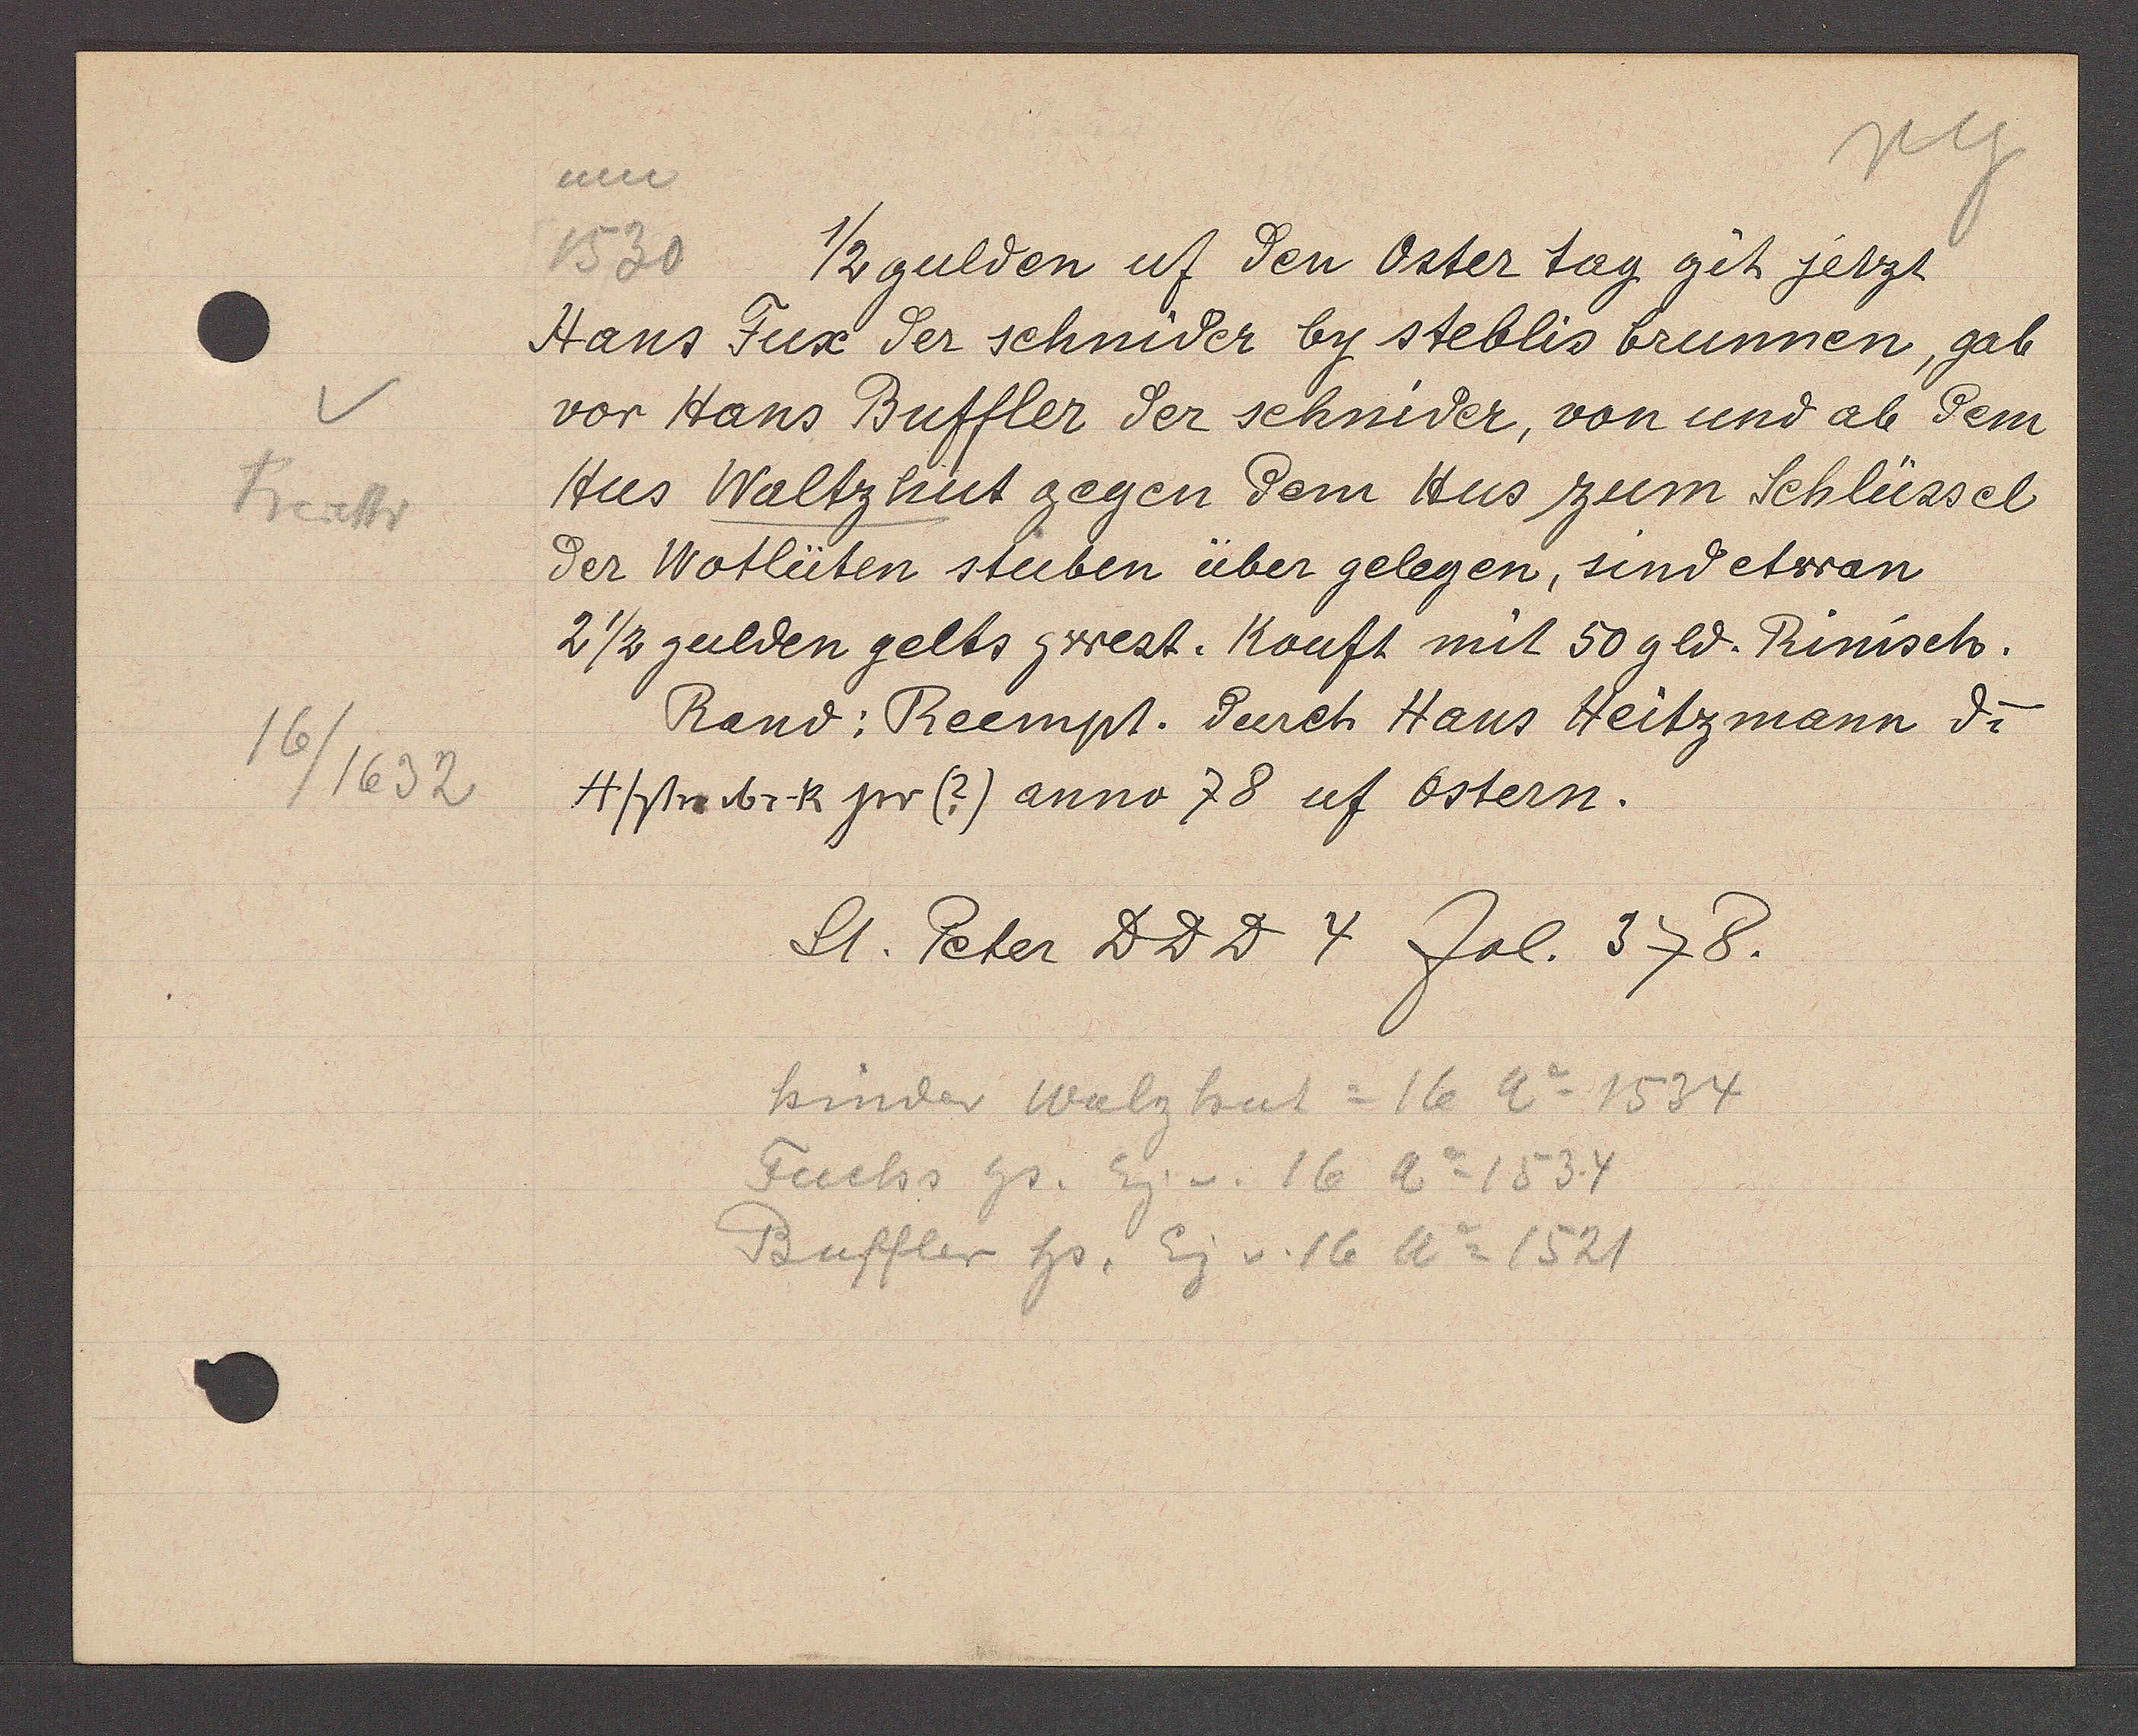
Transcript:
Freiestr

16/1632

um
1530

1/2 gulden uf den Oster tag git jetzt
Hans Fux der schnider by steblis brunnen, gab
vor Hans Buffler der schnider, von und ab dem
Hus Waltzhut gegen dem Hus zum Schlüssel
der Wotlüten stuben über gelegen, sind etwan
2 ½ gulden gelts zrest. Kouft mit 50 gld. Rinisch.
Rand: Reempt. durch Hans Heitzmann di¬
Hfa br. k jr (?) anno 78 uf ostern.

St. Peter DDD 4 fol. 378.

hinder Walzhut = 16 Ao 1534
Fuchs hs. Eig v. 16 Ao 1534
Buffler hs. Eig v. 16 Ao 1521